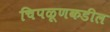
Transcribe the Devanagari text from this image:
चिपळूणकडील